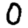
Digit: 0